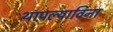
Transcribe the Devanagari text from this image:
थापल्याविना